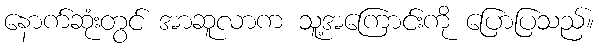
နောက်ဆုံးတွင် အာဆူလာက သူ့အကြောင်းကို ပြောပြသည်။